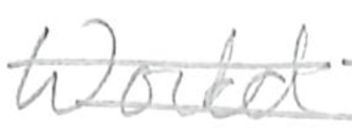
Text: World
Cross-out: double-line
Writing tool: pencil